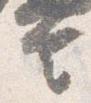
言